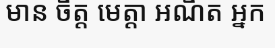
មាន ចិត្ត មេត្តា អណិត អ្នក